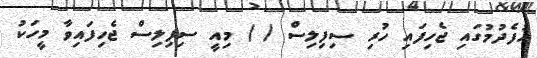
އުފެދުމުގައި ޖެހިފައި ހުރި ސިފިލިސް ( ) މިއީ ސިފިލިސް ޖެހިފައިވާ މީހަކު